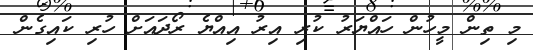
މި ތިން މީހުން ހައްޔަރު ކުރި އިރު އިއްޔެ ރޯދައަށް ހުރި ކައިގެން